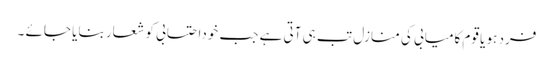
فرد ہو یا قوم کامیابی کی منازل تب ہی آتی ہے جب خوداحتسابی کو شعار بنایا جائے ۔